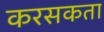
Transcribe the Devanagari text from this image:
करसकता